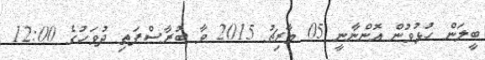
ބީލަން ހުޅުވުން އޮންނާނީ 05 މާރިޗު 2015 ވާ ބުރާސްފަތި ދުވަހުގެ 12:00